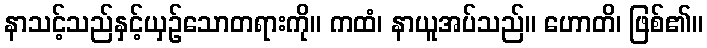
နာသင့်သည်နှင့်ယှဉ်သောတရားကို။ ကထံ၊ နာယူအပ်သည်။ ဟောတိ၊ ဖြစ်၏။